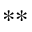
^ { * * }